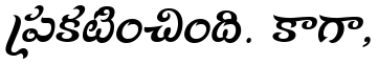
ప్రకటించింది. కాగా,